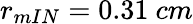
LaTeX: r_{mIN}=0.31~cm